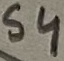
Text: S4